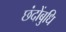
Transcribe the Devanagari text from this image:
छंदोंबुधि